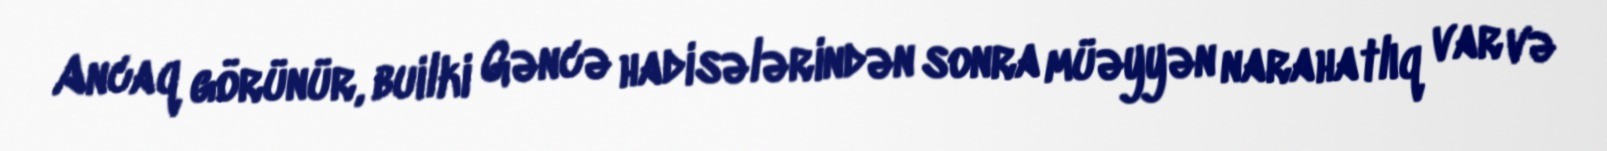
Ancaq görünür, builki Gəncə hadisələrindən sonra müəyyən narahatlıq var və